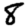
Digit: 8